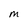
Character: M